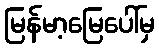
မြန်မာ့မြေပေါ်မှ